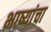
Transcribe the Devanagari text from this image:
भाष्यांचा